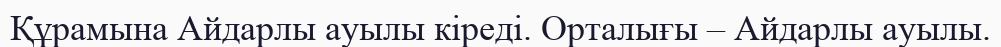
Құрамына Айдарлы ауылы кіреді. Орталығы – Айдарлы ауылы.